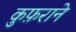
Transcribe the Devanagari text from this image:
कुफ़राने